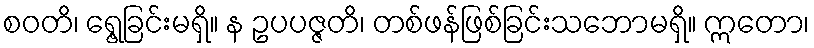
စဝတိ၊ ရွေ့ခြင်းမရှိ။ န ဥပပဇ္ဇတိ၊ တစ်ဖန်ဖြစ်ခြင်းသဘောမရှိ။ ဣတော၊